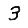
Digit: 3